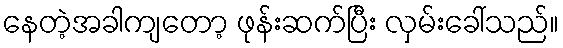
နေတဲ့အခါကျတော့ ဖုန်းဆက်ပြီး လှမ်းခေါ်သည်။